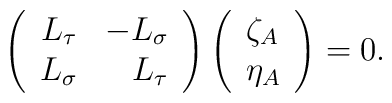
\left(\begin{array}{rr}L_\tau   & - L_\sigma \\L_\sigma & L_\tau\end{array}\right)\left(\begin{array}{l}\zeta_A \\\eta_A\end{array}\right) = 0.